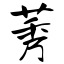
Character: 莠